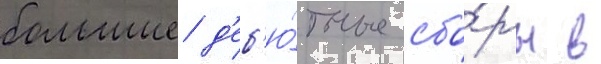
большие д'еб'ю́тные сбо́ры в